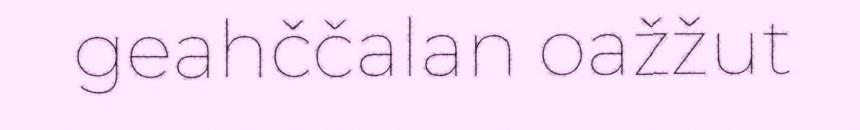
geahččalan oažžut